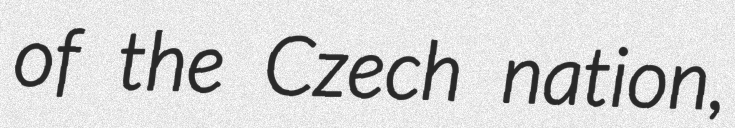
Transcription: of the Czech nation,